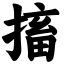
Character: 搐